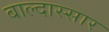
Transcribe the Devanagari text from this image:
बाल्दास्सार